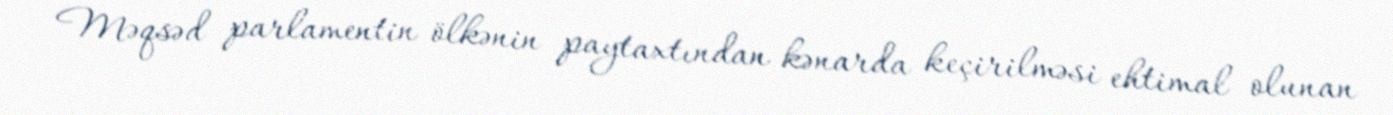
Məqsəd parlamentin ölkənin paytaxtından kənarda keçirilməsi ehtimal olunan